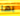
بها